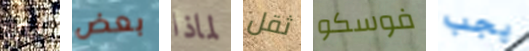
نيرو بعض لماذا ثقل فوسكو يجب